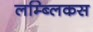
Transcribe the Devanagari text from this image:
लम्ब्लिकस